Annual report of the Bengal Veterinary College and of the Civil Veterinary Department, Bengal, for the year 1918-19 - 1918-1919
Year: 1918
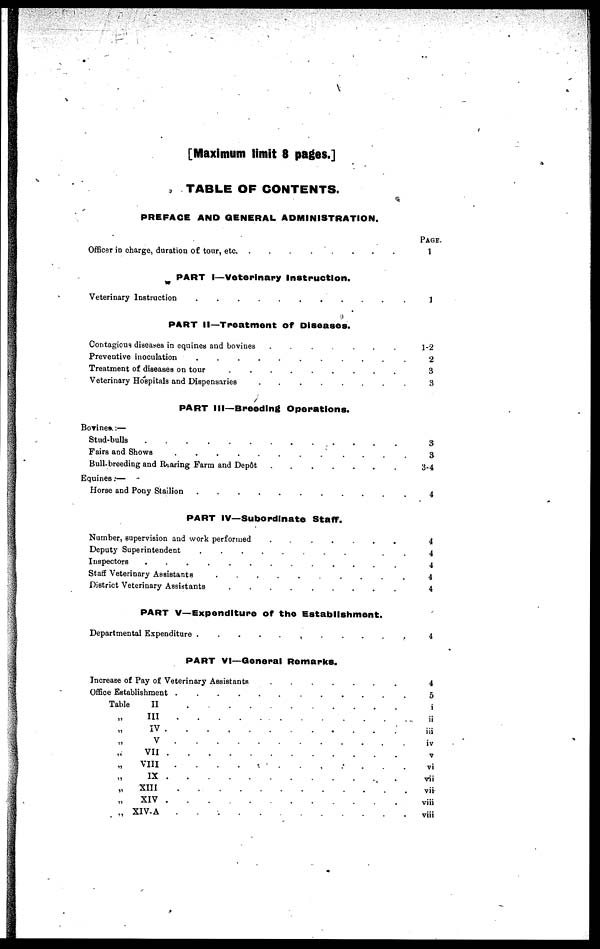
[Maximum limit 8 pages.]
TABLE OF CONTENTS.
PREFACE AND GENERAL ADMINISTRATION.
Officer in charge, duration of tour, etc. . . . . . . . .
PART I—Veterinary Instruction.
Veterinary Instruction
..........
PART II—Treatment of Diseases.
Contagious diseases in equines and bovines
.......
Preventive inoculation
..........
Treatment of diseases on tour
.........
Veterinary Hospitals and Dispensaries
........
PART III—Breeding Operations.
Bovines:—
Stud-bulls
.
.
.
.
.
.
.
.
.
.
.
Fairs and Shows . . . . . . . . . . .
Bull-breeding and Rearing Farm and Depôt . . . . . . .
Equines:—
Horse and Pony Stailion . . . . . . . . . . .
PART IV—Subordinate Staff.
Number, supervision and work performed
.
.
.
.
.
.
.
Deputy Superintendent
..........
Inspectors . . . . . . . . . . . . .
Staff Veterinary Assistants
.........
District Veterinary Assistants
.
.
.
.
.
.
.
.
.
PART V—Expenditure of the Establishment.
Departmental Expenditure
...........
PART VI—General Remarks.
Increase of Pay of Veterinary Assistants
......
Office Establishment
.
.
.
.
.
.
.
.
.
.
Table II . . . . . . . . . . .
„
III
.
.
.
.
.
.
.
.
.
.
.
.
„ IV
.
.
.
.
.
.
.
.
.
.
.
.
„ V
.
.
.
.
.
.
.
.
.
.
.
.
„ VII
.
.
.
.
.
.
.
.
.
.
.
.
„
VIII
.
.
.
.
.
.
.
.
.
.
.
.
„ IX
.
.
.
.
.
.
.
.
.
.
.
.
„
XIII
.
.
.
.
.
.
.
.
.
.
.
.
„ XIV
.
.
.
.
.
.
.
.
.
.
.
.
„ X1V-A
.
.
.
.
.
.
.
.
.
.
.
.
PAGE.
1
1
1-2
2
3
3
3
3
3-4
4
4
4
4
4
4
4
4
5
i
ii
iii
iv
V
vi
vii
vii
viii
viii